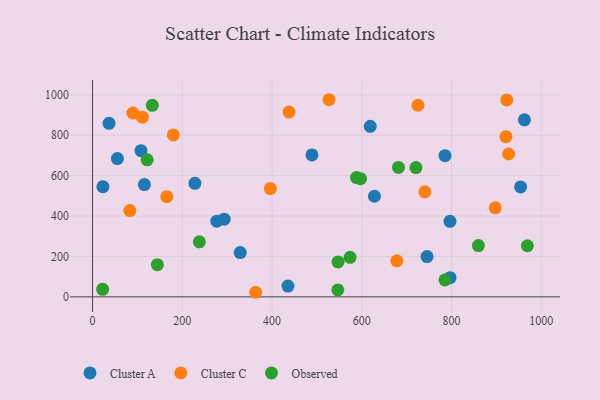
{"axis": {"x": "Ad Spend", "y": "Demand"}, "legend": ["Cluster A", "Cluster C", "Observed"], "data": [{"x": "628.2", "y": 498.1, "type": "Cluster A"}, {"x": "962.5", "y": 876.6, "type": "Cluster A"}, {"x": "329.1", "y": 219.4, "type": "Cluster A"}, {"x": "745.4", "y": 199.4, "type": "Cluster A"}, {"x": "55.3", "y": 684.7, "type": "Cluster A"}, {"x": "796.6", "y": 373.9, "type": "Cluster A"}, {"x": "489.0", "y": 702.5, "type": "Cluster A"}, {"x": "618.8", "y": 844.0, "type": "Cluster A"}, {"x": "435.5", "y": 53.3, "type": "Cluster A"}, {"x": "23.1", "y": 545.4, "type": "Cluster A"}, {"x": "36.7", "y": 859.0, "type": "Cluster A"}, {"x": "293.3", "y": 384.7, "type": "Cluster A"}, {"x": "276.9", "y": 374.9, "type": "Cluster A"}, {"x": "228.1", "y": 562.1, "type": "Cluster A"}, {"x": "954.0", "y": 544.2, "type": "Cluster A"}, {"x": "796.7", "y": 94.8, "type": "Cluster A"}, {"x": "785.5", "y": 699.0, "type": "Cluster A"}, {"x": "115.5", "y": 555.8, "type": "Cluster A"}, {"x": "107.9", "y": 723.9, "type": "Cluster A"}, {"x": "363.5", "y": 22.7, "type": "Cluster C"}, {"x": "897.6", "y": 441.0, "type": "Cluster C"}, {"x": "923.1", "y": 974.6, "type": "Cluster C"}, {"x": "165.4", "y": 496.2, "type": "Cluster C"}, {"x": "89.8", "y": 910.1, "type": "Cluster C"}, {"x": "180.0", "y": 801.7, "type": "Cluster C"}, {"x": "527.0", "y": 975.9, "type": "Cluster C"}, {"x": "111.0", "y": 889.7, "type": "Cluster C"}, {"x": "396.2", "y": 535.9, "type": "Cluster C"}, {"x": "437.9", "y": 914.9, "type": "Cluster C"}, {"x": "725.2", "y": 948.5, "type": "Cluster C"}, {"x": "83.1", "y": 427.3, "type": "Cluster C"}, {"x": "740.6", "y": 520.0, "type": "Cluster C"}, {"x": "678.1", "y": 178.3, "type": "Cluster C"}, {"x": "921.2", "y": 793.0, "type": "Cluster C"}, {"x": "927.3", "y": 707.1, "type": "Cluster C"}, {"x": "720.7", "y": 640.1, "type": "Observed"}, {"x": "588.3", "y": 590.7, "type": "Observed"}, {"x": "133.1", "y": 948.1, "type": "Observed"}, {"x": "546.6", "y": 34.2, "type": "Observed"}, {"x": "22.4", "y": 37.2, "type": "Observed"}, {"x": "547.1", "y": 172.8, "type": "Observed"}, {"x": "121.6", "y": 678.6, "type": "Observed"}, {"x": "859.9", "y": 254.0, "type": "Observed"}, {"x": "597.2", "y": 585.0, "type": "Observed"}, {"x": "785.5", "y": 83.9, "type": "Observed"}, {"x": "238.0", "y": 272.4, "type": "Observed"}, {"x": "681.8", "y": 640.6, "type": "Observed"}, {"x": "573.9", "y": 195.8, "type": "Observed"}, {"x": "144.4", "y": 159.2, "type": "Observed"}, {"x": "969.1", "y": 252.9, "type": "Observed"}]}